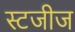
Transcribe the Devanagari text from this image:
स्टजीज